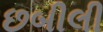
છબીલી